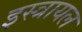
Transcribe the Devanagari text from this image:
इस्त्रायल